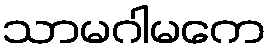
သာမဂါမကေ